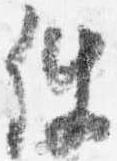
件